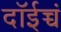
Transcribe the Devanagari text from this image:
दॉईच्चं